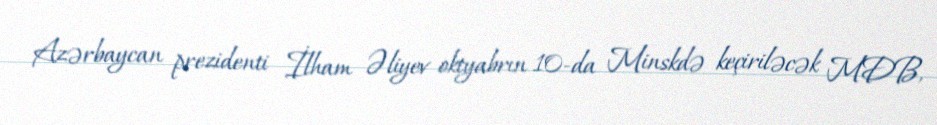
Azərbaycan prezidenti İlham Əliyev oktyabrın 10-da Minskdə keçiriləcək MDB,